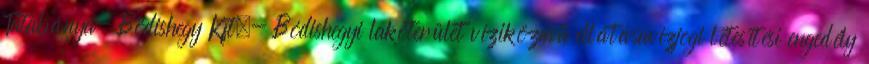
Tatabánya- Bódishegy Kft.- Bódishegyi lakóterület víziközmű ellátásavízjogi létesítési engedély